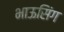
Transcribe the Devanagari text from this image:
भाऊसिंग